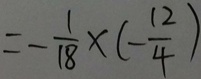
= - \frac { 1 } { 1 8 } \times ( - \frac { 1 2 } { 4 } )